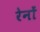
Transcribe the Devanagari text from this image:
रेनों